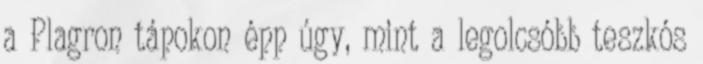
a Plagron tápokon épp úgy, mint a legolcsóbb teszkós